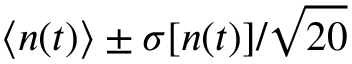
\langle n ( t ) \rangle \pm \sigma [ n ( t ) ] / \sqrt { 2 0 }